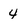
Character: 4